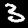
Digit: 3